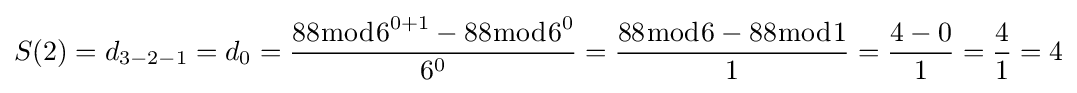
S(2)=d_{3-2-1}=d_{0}={\frac {88{\bmod {6}}^{0+1}-88{\bmod {6}}^{0}}{6^{0}}}={\frac {88{\bmod {6}}-88{\bmod {1}}}{1}}={\frac {4-0}{1}}={\frac {4}{1}}=4